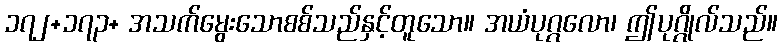
၁၇၂+၁၇၃+ အသက်မွေးသောစစ်သည်နှင့်တူသော။ အယံပုဂ္ဂလော၊ ဤပုဂ္ဂိုလ်သည်။